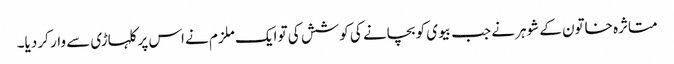
متاثرہ خاتون کے شوہر نے جب بیوی کو بچانے کی کوشش کی تو ایک ملزم نے اس پر کلہاڑی سے وار کر دیا۔